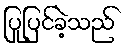
ပြုပြင်ခဲ့သည်